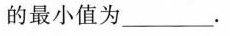
的最小值为___.